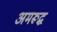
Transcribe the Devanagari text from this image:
अमरूद्ध